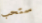
ستحب